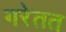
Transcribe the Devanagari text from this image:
गरेतत